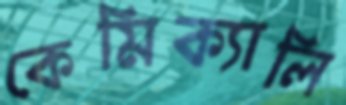
কেমিক্যালি